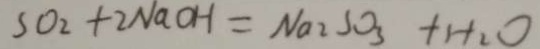
S O _ { 2 } + 2 N a O H = N a _ { 2 } S O _ { 3 } + H _ { 2 } O